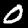
Digit: 0